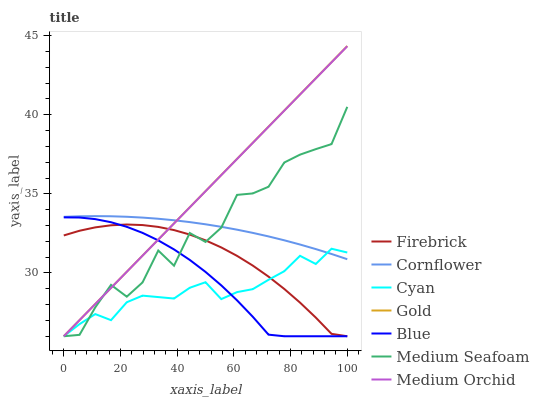
| xaxis_label | Firebrick | Cornflower | Cyan | Gold | Blue | Medium Seafoam | Medium Orchid |
 | --- | --- | --- | --- | --- | --- | --- | --- |
 | 0 | 32.4 | 33.5 | 26 | 26 | 33.5 | 26 | 26 |
 | 5.56 | 32.7 | 33.6 | 26.8 | 27 | 33.5 | 26.1 | 27 |
 | 11.1 | 32.9 | 33.6 | 27.4 | 28 | 33.4 | 27.8 | 28 |
 | 16.7 | 33 | 33.6 | 27 | 29.1 | 33.2 | 29.2 | 29.1 |
 | 22.2 | 33.1 | 33.6 | 28.1 | 30.1 | 32.9 | 28.5 | 30.1 |
 | 27.8 | 33 | 33.5 | 28.6 | 31.1 | 32.5 | 29.4 | 31.1 |
 | 33.3 | 32.9 | 33.4 | 28.5 | 32.1 | 32.1 | 31.4 | 32.1 |
 | 38.9 | 32.7 | 33.3 | 28.4 | 33.1 | 31.5 | 30.5 | 33.1 |
 | 44.4 | 32.4 | 33.2 | 29.1 | 34.2 | 30.8 | 32.5 | 34.1 |
 | 50 | 32.1 | 33.1 | 29.4 | 35.2 | 30.1 | 32 | 35.2 |
 | 55.6 | 31.6 | 32.9 | 28.3 | 36.2 | 29.2 | 32.9 | 36.2 |
 | 61.1 | 31.1 | 32.7 | 28.8 | 37.2 | 28.3 | 34.9 | 37.2 |
 | 66.7 | 30.5 | 32.5 | 29 | 38.2 | 27.2 | 35 | 38.2 |
 | 72.2 | 29.8 | 32.3 | 29.6 | 39.3 | 26.1 | 35.4 | 39.2 |
 | 77.8 | 29 | 32.1 | 30.1 | 40.3 | 26 | 37 | 40.3 |
 | 83.3 | 28.1 | 31.8 | 31.1 | 41.3 | 26 | 37.5 | 41.3 |
 | 88.9 | 27.2 | 31.5 | 30.6 | 42.3 | 26 | 37.8 | 42.3 |
 | 94.4 | 26.2 | 31.2 | 31.5 | 43.3 | 26 | 38.1 | 43.3 |
 | 100 | 26 | 30.9 | 31.3 | 44.3 | 26 | 40.5 | 44.3 |